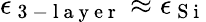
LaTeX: \epsilon_{\mathrm{~3~-~l~a~y~e~r~}}\approx\epsilon_{\mathrm{~S~i~}}